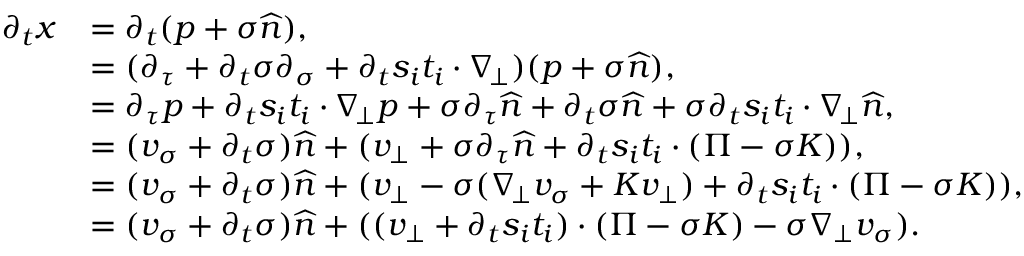
\begin{array} { r l } { \partial _ { t } x } & { = \partial _ { t } ( p + \sigma \widehat { n } ) , } \\ & { = ( \partial _ { \tau } + \partial _ { t } \sigma \partial _ { \sigma } + \partial _ { t } s _ { i } t _ { i } \cdot \nabla _ { \! \bot } ) ( p + \sigma \widehat { n } ) , } \\ & { = \partial _ { \tau } p + \partial _ { t } s _ { i } t _ { i } \cdot \nabla _ { \! \bot } p + \sigma \partial _ { \tau } \widehat { n } + \partial _ { t } \sigma \widehat { n } + \sigma \partial _ { t } s _ { i } t _ { i } \cdot \nabla _ { \! \bot } \widehat { n } , } \\ & { = ( v _ { \sigma } + \partial _ { t } \sigma ) \widehat { n } + ( v _ { \bot } + \sigma \partial _ { \tau } \widehat { n } + \partial _ { t } s _ { i } t _ { i } \cdot ( \Pi - \sigma K ) ) , } \\ & { = ( v _ { \sigma } + \partial _ { t } \sigma ) \widehat { n } + ( v _ { \bot } - \sigma ( \nabla _ { \! \bot } v _ { \sigma } + K v _ { \bot } ) + \partial _ { t } s _ { i } t _ { i } \cdot ( \Pi - \sigma K ) ) , } \\ & { = ( v _ { \sigma } + \partial _ { t } \sigma ) \widehat { n } + ( ( v _ { \bot } + \partial _ { t } s _ { i } t _ { i } ) \cdot ( \Pi - \sigma K ) - \sigma \nabla _ { \bot } v _ { \sigma } ) . } \end{array}